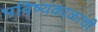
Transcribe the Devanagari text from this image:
भविष्यकाळाची